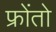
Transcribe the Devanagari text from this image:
फ्रोंतो